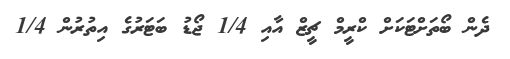
ދެން ބޯތަށްޓަކަށް ކްރީމް ޗީޒް އާއި 1/4 ޖޯޑު ބަޓަރުގެ އިތުރުން 1/4